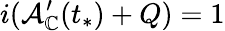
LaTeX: i(\mathcal{A}_{\mathbb{C}}^{\prime}(t_{*})+Q)=1